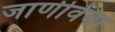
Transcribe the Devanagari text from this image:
जाणीवेवर